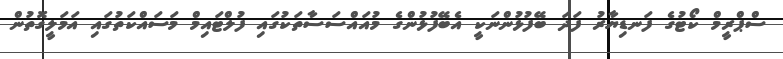
ސްޕްރީމް ކޯޓުގެ ފަނޑިޔާރު ފަދަ ބޭފުޅުންނަކީ އެބޭފުޅުންގެ މުއައްސަސާތަކުގައި ފުލްޓައިމް މަސައްކަތުގައި އަމަލީގޮތުން